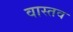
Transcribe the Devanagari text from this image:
वास्तव